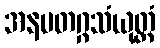
အနမတဂ္ဂသံယုတ္တံ